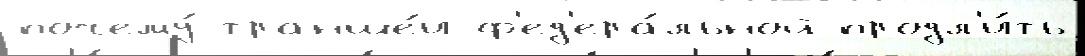
почему́ транше́и ф'ед'ера́льной продл'и́ть